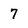
Character: 7